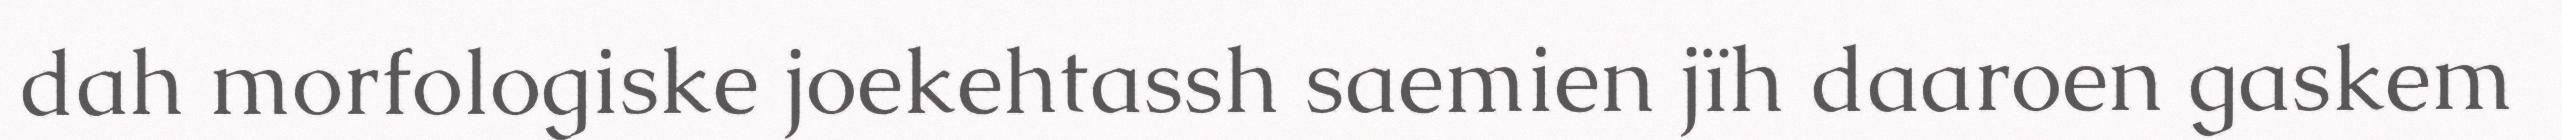
dah morfologiske joekehtassh saemien jïh daaroen gaskem